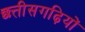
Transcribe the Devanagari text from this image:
छत्तीसगढ़ियों